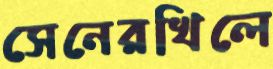
সেনেরখিলে